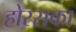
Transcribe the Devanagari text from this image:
होरसका